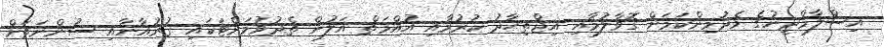
އިސްލާމްދީނުގެ މެދުމިންކަމަށް ގޮވާލުމާއި އިޖްތިޙާދު ކުރުމާއި އުއްމަތް އަލުން ތެދުވުމަށްޓަކައި ޤުރުއާނާއި ސުންނަތަށް